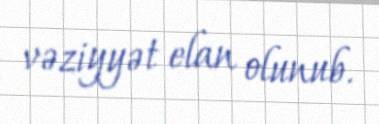
vəziyyət elan olunub.